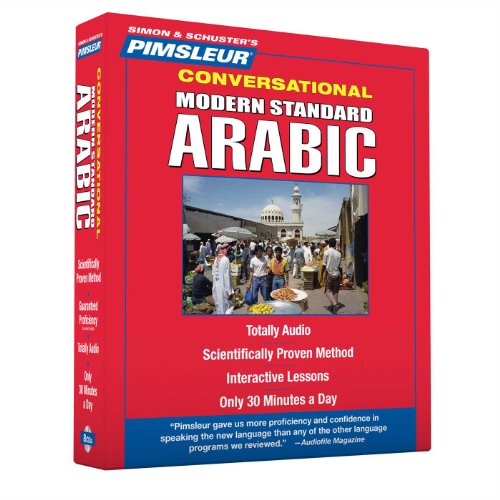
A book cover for Pimsleur Arabic (Modern Standard) Conversational Course - Level 1 Lessons 1-16 CD: Learn to Speak and Understand Modern Standard Arabic with Pimsleur Language Programs; Paul Pimsleur; Reference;